Senior Leaving Certificate Examination (including Day School Certificate (Higher) General paper), 1948
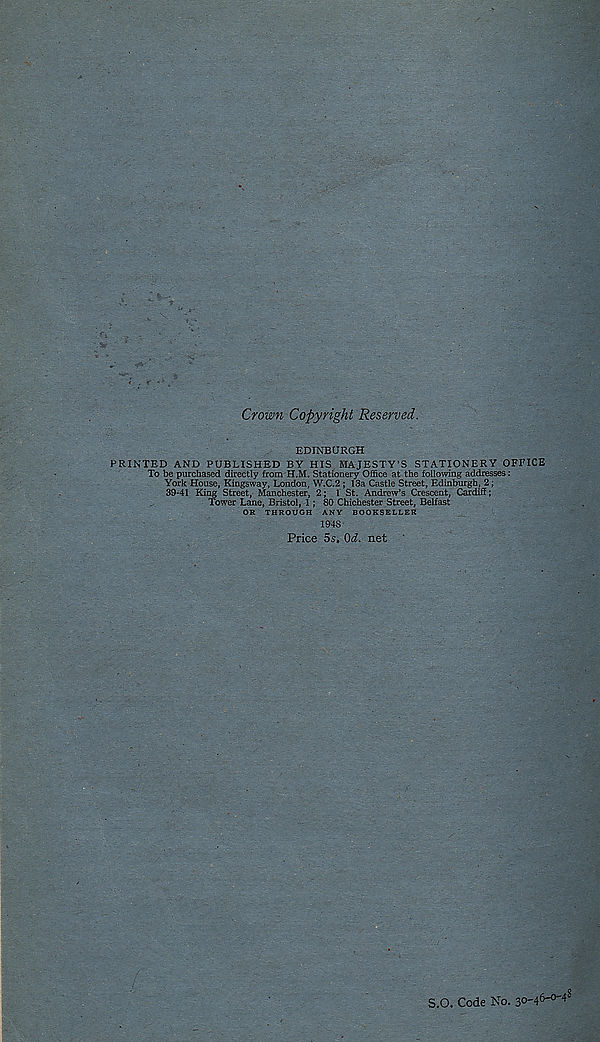
Crown Copyright Reserved.
EDINBURGH
PRINTED AND PUBLISHED BY HIS. MAJESTY'S STATIONERY OFFICE
To be purchased directly from H.M. Stationery Office at the following addresses :
York House, Kingsway, London, W.C.2 ; 13a Castle Street, Edinburgh, 2;
39-41 King Street, Manchester, 2; 1 St. Andrew’s Crescent, Cardiff;
Tower Lane, Bristol, 1 ; 80 Chichester Street, Belfast
OR THROUGH ANY BOOKSELLER
1948
Price Ss. (M. net
S.O. Code No. 30-46- 0 ' 4 '